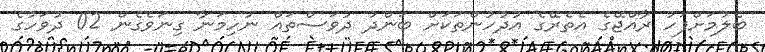
ބެލުމަށްފަހު ރާއްޖޭގެ އެތެރޭގެ އުދުހުންތަކަށް ބަންދު ދުވަސްތައް ނުހިމަނާ ގިނަވެގެން 02 ދުވަހުގެ